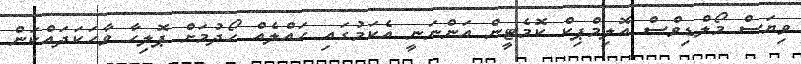
ވިޔަސް މޯލްޑިވްސް އޮލިމްޕިކް ކޮމެޓީން އަންނަނީ އެކަމުގައި ހައްލެއް ހޯދުމަށް ޕޮލިހާ ވާހަކަދައްކަން